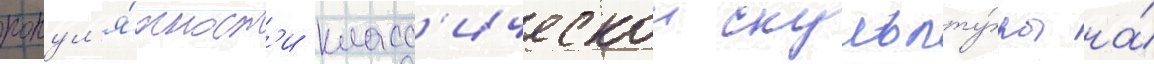
попул'я́рност'и класс'ическои скульпту́ры на́